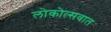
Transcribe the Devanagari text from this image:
लोकोत्सवात